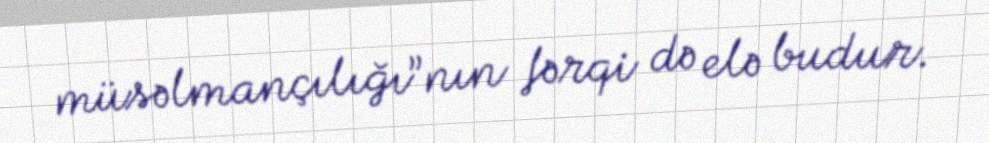
müsəlmançılığı”nın fərqi də elə budur.